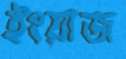
ইংয়াজ